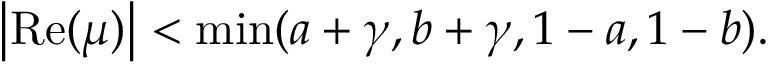
\left| \mathrm { R e } ( \mu ) \right| < \operatorname * { m i n } ( a + \gamma , b + \gamma , 1 - a , 1 - b ) .